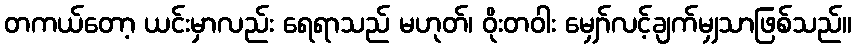
တကယ်တော့ ယင်းမှာလည်း ရေရာသည် မဟုတ်၊ ဝိုးတဝါး မျှော်လင့်ချက်မျှသာဖြစ်သည်။